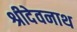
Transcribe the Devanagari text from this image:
श्रीदेवनाथ